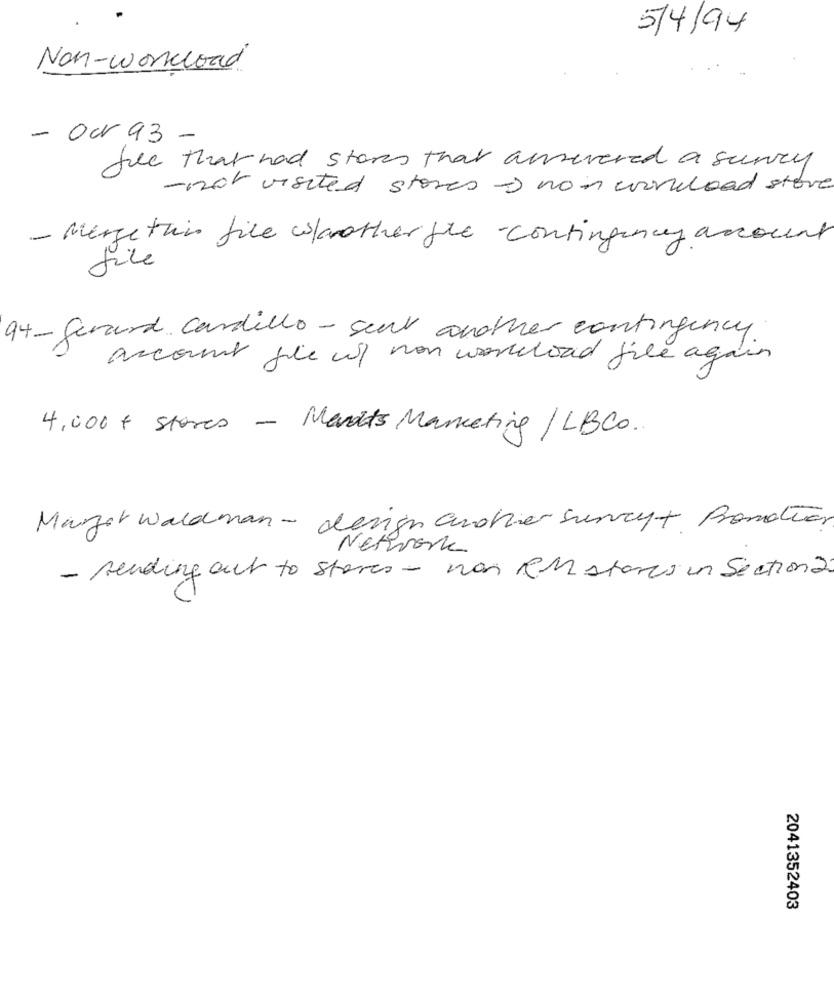
5/4/94
Non-workload
- Our 93 .
file that had stores that ansevered a sunny
-not visited storesono in workload store
- Mergetun file wbrother fre -contingency account
file
94 - gerard Cardillo - sent another contingency
account file wy non workload file again
4,000 & Stores - Ments Marketing / LBCo.
Marger Waldman - design andhier Survey+ Promotion
Network
- sending out to stores - non RM stores in Section 2
2041352403